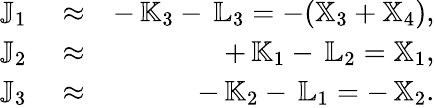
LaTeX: \begin{array}{rlr}{{\mathbb J}_{1}}&{{}\approx}&{-\, {\mathbb K}_{3}-\, {\mathbb L}_{3}=-({\mathbb X}_{3}+{\mathbb X}_{4}),}\\ {{\mathbb J}_{2}}&{{}\approx}&{+\, {\mathbb K}_{1}-\, {\mathbb L}_{2}={\mathbb X}_{1},}\\ {{\mathbb J}_{3}}&{{}\approx}&{-\, {\mathbb K}_{2}-\, {\mathbb L}_{1}=-\, {\mathbb X}_{2}.}\end{array}